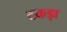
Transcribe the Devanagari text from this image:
टकड़ा